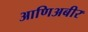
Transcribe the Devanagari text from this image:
आणिअबीर